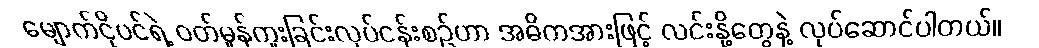
မျောက်ငိုပင်ရဲ့ ဝတ်မှုန်ကူးခြင်းလုပ်ငန်းစဉ်ဟာ အဓိကအားဖြင့် လင်းနို့တွေနဲ့ လုပ်ဆောင်ပါတယ်။